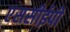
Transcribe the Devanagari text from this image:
एससीईपी